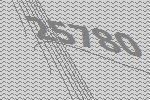
25780